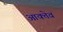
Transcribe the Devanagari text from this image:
आक्तेव